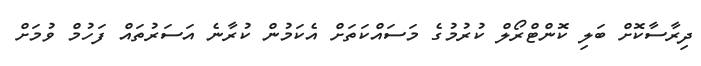
ދިރާސާކޮށް ބަލި ކޮންޓްރޯލް ކުރުމުގެ މަސައްކަތަށް އެކަމުން ކުރާނެ އަސަރުތައް ފަހުމް ވުމަށް